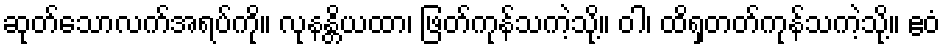
ဆုတ်သောလက်အရပ်ကို။ လုနန္တိယထာ၊ ဖြတ်ကုန်သကဲ့သို့။ ဝါ၊ ထိရှတတ်ကုန်သကဲ့သို့။ ဧဝံ